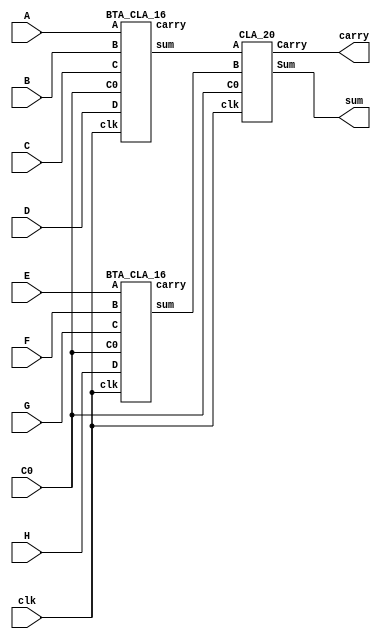
`timescale 1ns/1ps

module BTA_CLA_32#(parameter N=32, m=16)(input clk,input [(m*(N/8))-1:0]A,B,C,D,E,F,G,H, input C0,output [m+$clog2(N)-1:0]sum, output carry);

wire [N-1:0]c;
wire [((m+1)*(N/2))-1:0]s1;

//integer n=0;
//integer j;


BTA_CLA_16 a1(clk,A[(m*(N/8))-1:0],B[(m*(N/8))-1:0],C[(m*(N/8))-1:0],D[(m*(N/8))-1:0], C0,s1[m+$clog2(N/2)-1:0],c[0]);

BTA_CLA_16 a2(clk,E[(m*(N/8))-1:0],F[(m*(N/8))-1:0],G[(m*(N/8))-1:0],H[(m*(N/8))-1:0],C0,s1[2*m+7:m+$clog2(N/2)],c[1]);

CLA_20 a3(clk,s1[m+$clog2(N/2)-1:0],s1[2*m+7:m+$clog2(N/2)],C0,sum[m+$clog2(N)-1:0],carry);

endmodule

//////////////////////////////

`timescale 1ns/1ps

module BTA_CLA_16#(parameter N=16, m=16)(input clk,input [(m*(N/4))-1:0]A,B,C,D, input C0,output [m+$clog2(N)-1:0]sum, output carry);

wire [N-1:0]c;
wire [((m+1)*(N/2))-1:0]s1;

//integer n=0;
//integer j;


BTA_CLA_8 a1(clk,A[m-1:0],B[m-1:0],A[(2*m)-1:m],B[(2*m)-1:m],A[(3*m)-1:2*m],B[(3*m)-1:2*m],A[(4*m)-1:3*m],B[(4*m)-1:3*m],C0,s1[m+2:0],c[0]);

BTA_CLA_8 a2(clk,C[m-1:0],D[m-1:0],C[(2*m)-1:m],D[(2*m)-1:m],C[(3*m)-1:2*m],D[(3*m)-1:2*m],C[(4*m)-1:3*m],D[(4*m)-1:3*m],C0,s1[2*m+5:m+3],c[1]);

CLA_19 a3(clk,s1[m+2:0],s1[2*m+5:m+3],C0,sum[m+$clog2(N)-1:0],carry);

endmodule

////////////////////////////////

`timescale 1ns/1ps

module BTA_CLA_8 #(parameter N=8,m=16)(input clk,input [m-1:0]A,B,C,D,E,F,G,H, input C0,output [m+2:0]sum, output carry);
wire [N-1:0]c;
wire [105:0]s;

//1st stage -- N/2  -- here 4RCA's of each 16bits

CLA_16 a1(clk,A[m-1:0],B[m-1:0],C0,s[m:0],c[0]);
CLA_16 a2(clk,C[m-1:0],D[m-1:0],C0,s[m+17:m+1],c[1]);
CLA_16 a3(clk,E[m-1:0],F[m-1:0],C0,s[m+34:m+18],c[2]);
CLA_16 a4(clk,G[m-1:0],H[m-1:0],C0,s[m+51:m+35],c[3]);

//2nd stage --N/4 --here 2RCA's of each 17bits

CLA_17 a5(clk, s[m:0],s[m+17:m+1],C0, s[m+69:m+52],c[4]);
CLA_17 a6(clk, s[m+34:m+18],s[m+51:m+35],C0, s[m+87:m+70],c[5]);

// 3rd stage --N/8 --here 1RCA of 18bits

CLA_18 a7(clk, s[m+69:m+52],s[m+87:m+70],C0,sum[m+2:0],carry);

endmodule

/////////////////////////////////////

module CLA_16#(parameter m=16)(input clk,input [m-1:0]A, input [m-1:0]B,input C0, output [m:0]Sum, output Carry);
  reg [m-1:0]p, g;
  reg [m:0]c;
  wire [m-1:0]s;
  integer i;

always @(posedge clk)begin
c[0]=C0;
for(i=0;i<m;i=i+1)begin
p[i]=A[i]^B[i];
g[i]=A[i]&B[i];
c[i+1]=(c[i]&p[i]) + g[i];
end
end

genvar j;
generate 
for(j=0;j<m;j=j+1)begin
add a1(p[j],c[j],s[j]);

end
endgenerate
assign Carry = c[m];
assign Sum ={c[m],s[m-1:0]};

endmodule


//module add(input P,C,output sum);

//assign sum=P^C;
//endmodule

/////////////////////

module CLA_17#(parameter m=17)(input clk,input [m-1:0]A, input [m-1:0]B,input C0, output [m:0]Sum, output Carry);
  reg [m-1:0]p, g;
  reg [m:0]c;
  wire [m-1:0]s;
  integer i;

always @(posedge clk)begin
c[0]=C0;
for(i=0;i<m;i=i+1)begin
p[i]=A[i]^B[i];
g[i]=A[i]&B[i];
c[i+1]=(c[i]&p[i]) + g[i];
end
end

genvar j;
generate 
for(j=0;j<m;j=j+1)begin
add a1(p[j],c[j],s[j]);

end
endgenerate
assign Carry = c[m];
assign Sum ={c[m],s[m-1:0]};

endmodule


//module add(input P,C,output sum);

//assign sum=P^C;
//endmodule
/////////////////////////////

module CLA_18#(parameter m=18)(input clk,input [m-1:0]A, input [m-1:0]B,input C0, output [m:0]Sum, output Carry);
  reg [m-1:0]p, g;
  reg [m:0]c;
  wire [m-1:0]s;
  integer i;

always @(posedge clk)begin
c[0]=C0;
for(i=0;i<m;i=i+1)begin
p[i]=A[i]^B[i];
g[i]=A[i]&B[i];
c[i+1]=(c[i]&p[i]) + g[i];
end
end

genvar j;
generate 
for(j=0;j<m;j=j+1)begin
add a1(p[j],c[j],s[j]);

end
endgenerate
assign Carry = c[m];
assign Sum ={c[m],s[m-1:0]};

endmodule

////////////////////////////

module CLA_19#(parameter m=19)(input clk,input [m-1:0]A, input [m-1:0]B,input C0, output [m:0]Sum, output Carry);
  reg [m-1:0]p, g;
  reg [m:0]c;
  wire [m-1:0]s;
  integer i;

always @(posedge clk)begin
c[0]=C0;
for(i=0;i<m;i=i+1)begin
p[i]=A[i]^B[i];
g[i]=A[i]&B[i];
c[i+1]=(c[i]&p[i]) + g[i];
end
end

genvar j;
generate 
for(j=0;j<m;j=j+1)begin
add a1(p[j],c[j],s[j]);

end
endgenerate
assign Carry = c[m];
assign Sum ={c[m],s[m-1:0]};

endmodule


/////////////////////////////////

module CLA_20#(parameter m=20)(input clk,input [m-1:0]A, input [m-1:0]B,input C0, output [m:0]Sum, output Carry);
  reg [m-1:0]p, g;
  reg [m:0]c;
  wire [m-1:0]s;
  integer i;

always @(posedge clk)begin
c[0]=C0;
for(i=0;i<m;i=i+1)begin
p[i]=A[i]^B[i];
g[i]=A[i]&B[i];
c[i+1]=(c[i]&p[i]) + g[i];
end
end

genvar j;
generate 
for(j=0;j<m;j=j+1)begin
add a1(p[j],c[j],s[j]);

end
endgenerate
assign Carry = c[m];
assign Sum ={c[m],s[m-1:0]};

endmodule
/////////////////////////////////

module add(input P,C,output sum);

assign sum=P^C;
endmodule